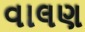
વાલણ